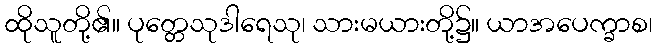
ထိုသူတို့၏။ ပုတ္တေသုဒါရေသု၊ သားမယားတို့၌။ ယာအပေက္ခာစ၊